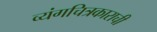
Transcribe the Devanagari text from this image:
व्यंगचित्रकाराची